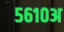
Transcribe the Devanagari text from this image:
५६१०अ